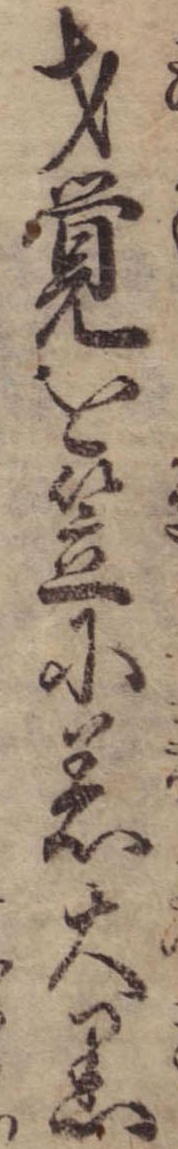
才覚を笠に着大黒